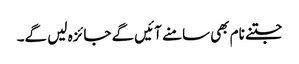
جتنے نام بھی سامنے آئیں گے جائزہ لیں گے۔